65_HS1-834228961_62-HQ-83894_Section_2
Agency: FBI
Page 180
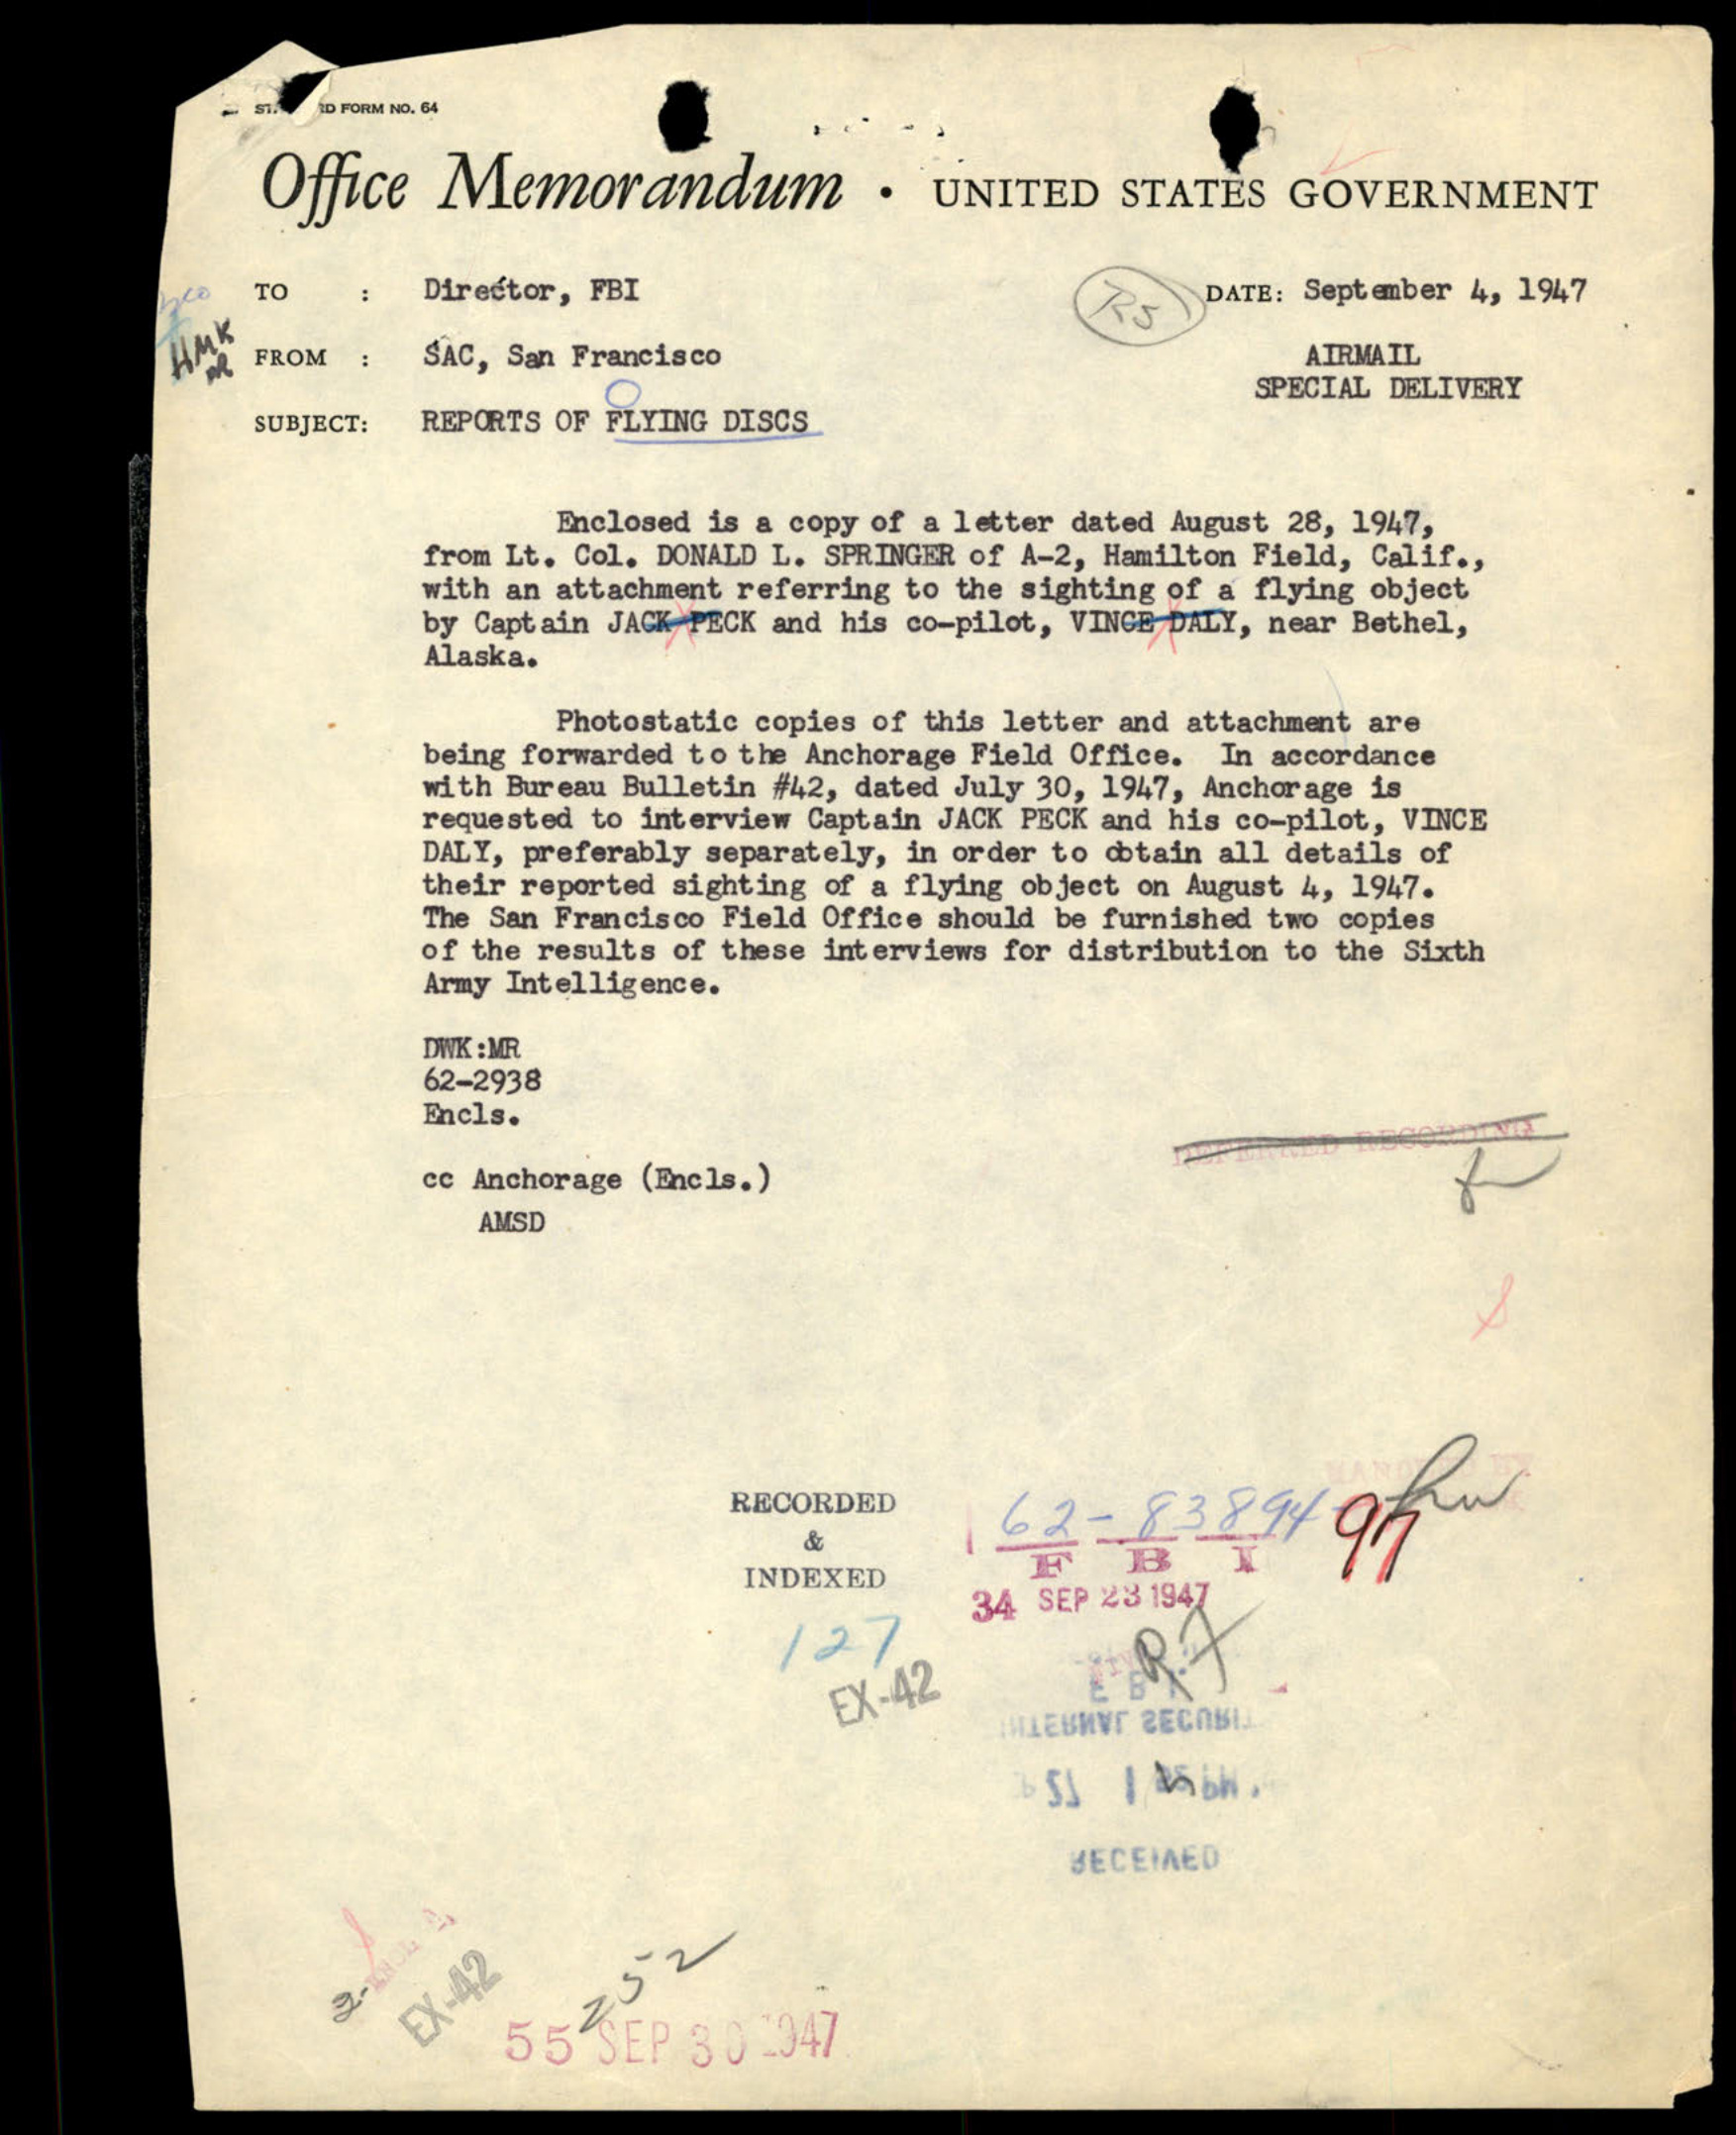